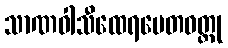
သာဏဝါသီထေရပေတဝတ္ထု